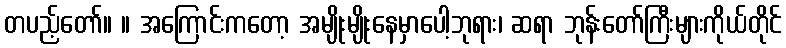
တပည့်တော်။ ။ အကြောင်းကတော့ အမျိုးမျိုးနေမှာပေါ့ဘုရား၊ ဆရာ ဘုန်းတော်ကြီးများကိုယ်တိုင်